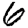
Digit: 6